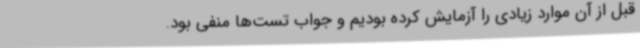
قبل از آن موارد زیادی را آزمایش کرده بودیم و جواب تست‌ها منفی بود.